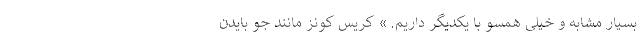
بسیار مشابه و خیلی همسو با یکدیگر داریم. » کریس کونز مانند جو بایدن